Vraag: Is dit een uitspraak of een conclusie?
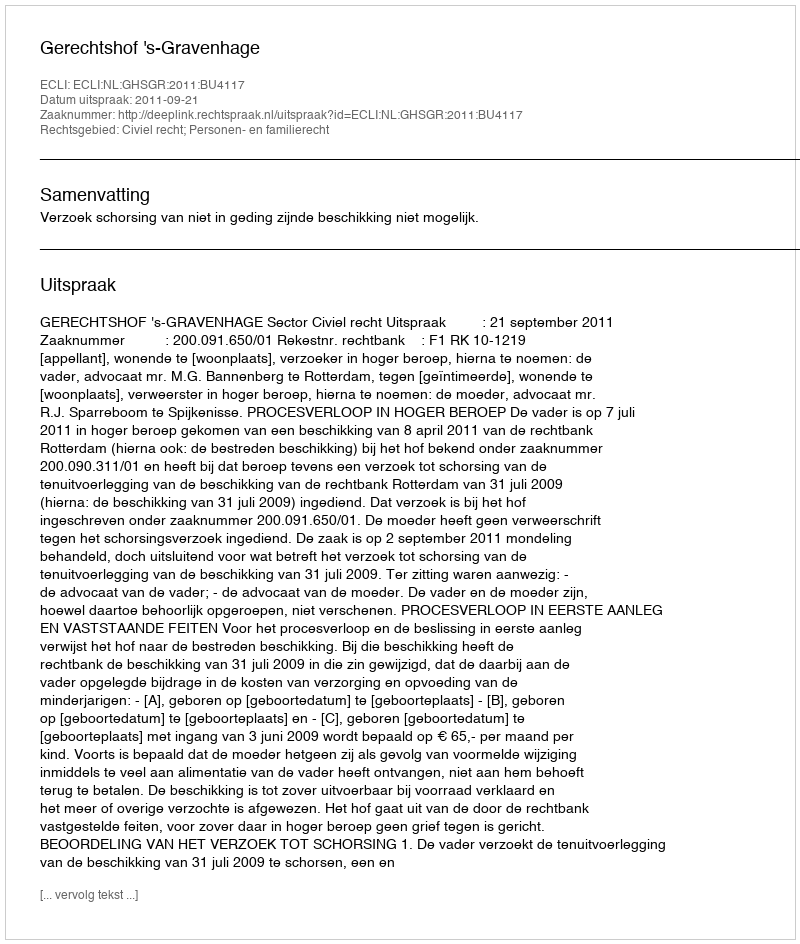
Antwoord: Uitspraak